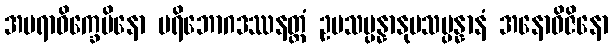
အမရာဝိက္ခေပိနော ပရိဘောဂဒဿနတ္ထံ ဥပသမ္ပန္နာနုပသမ္ပန္နာနံ အနောဓိဇိနော